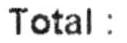
TOTAL :